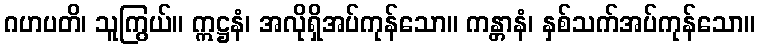
ဂဟပတိ၊ သူကြွယ်။ ဣဋ္ဌနံ၊ အလိုရှိအပ်ကုန်သော။ ကန္တာနံ၊ နှစ်သက်အပ်ကုန်သော။